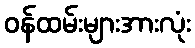
ဝန်ထမ်းများအားလုံး